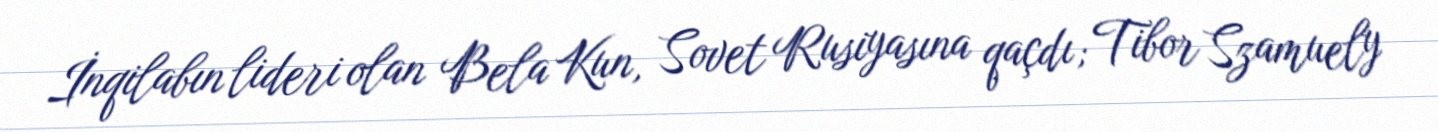
İnqilabın lideri olan Bela Kun, Sovet Rusiyasına qaçdı; Tibor Szamuely